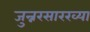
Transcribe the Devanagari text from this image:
जुन्नरसारख्या